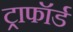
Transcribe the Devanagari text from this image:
ट्राफॉर्ड